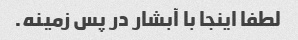
لطفا اینجا با آبشار در پس زمینه.